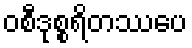
ဝစီဒုစ္စရိတဿပေ